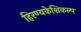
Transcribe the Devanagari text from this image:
हिरण्यकेशिकल्प